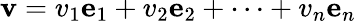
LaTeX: \mathbf{v}=v_{1}\mathbf{e}_{1}+v_{2}\mathbf{e}_{2}+\cdots+v_{n}\mathbf{e}_{n}